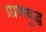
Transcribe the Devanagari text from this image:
प्राणयुद्ध